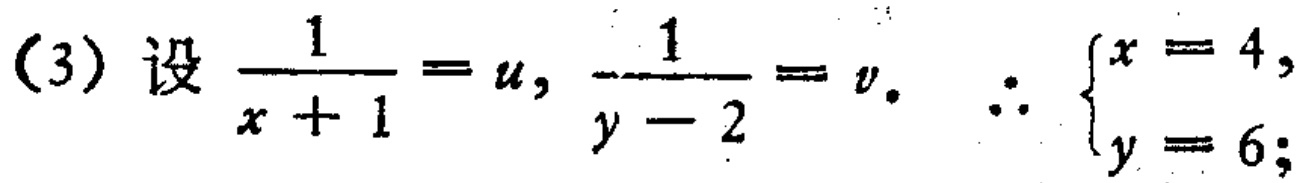
(3) 设 \(\frac{1}{x + 1}=u,\frac{1}{y - 2}=v.\therefore\begin{cases}x = 4,\\y = 6;\end{cases}\)